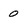
Character: 0